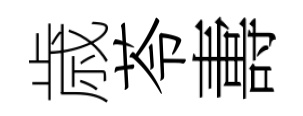
歳苓夀